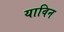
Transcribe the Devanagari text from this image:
याविन